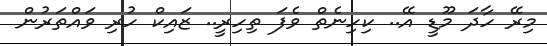
މިރޭ ހާދަ މޫޑީ އޭ.. ކިހިނެތް ވެފަ ތިހިރީ.. ޒައިކް ހުރި ވައްތަރުން